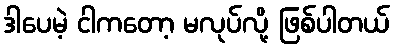
ဒါပေမဲ့ ငါကတော့ မလုပ်လို့ ဖြစ်ပါတယ်